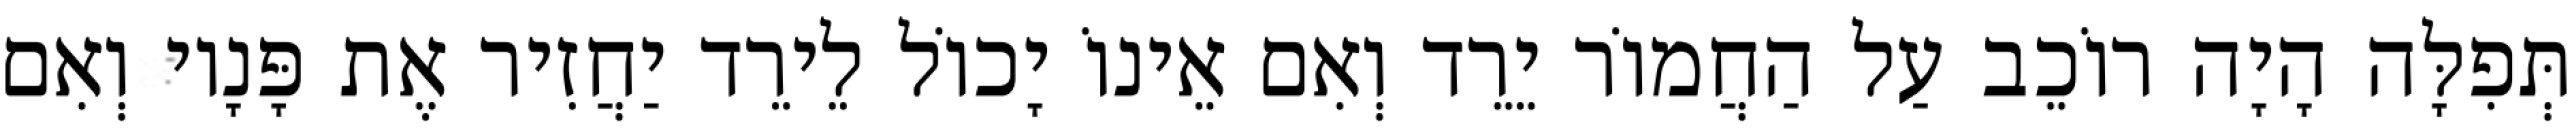
תְּפִלָּה הָיָה רוֹכֵב עַל הַחֲמוֹר יֵרֵד וְאִם אֵינוֹ יָכוֹל לֵירֵד יַחֲזִיר אֶת פָּנָיו וְאִם